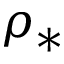
\rho _ { \ast }